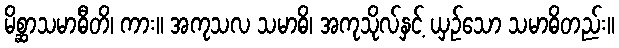
မိစ္ဆာသမာဓီတိ၊ ကား။ အကုသလ သမာဓိ၊ အကုသိုလ်နှင့် ယှဉ်သော သမာဓိတည်း။